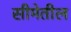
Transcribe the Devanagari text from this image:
सीमेतील